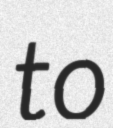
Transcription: to